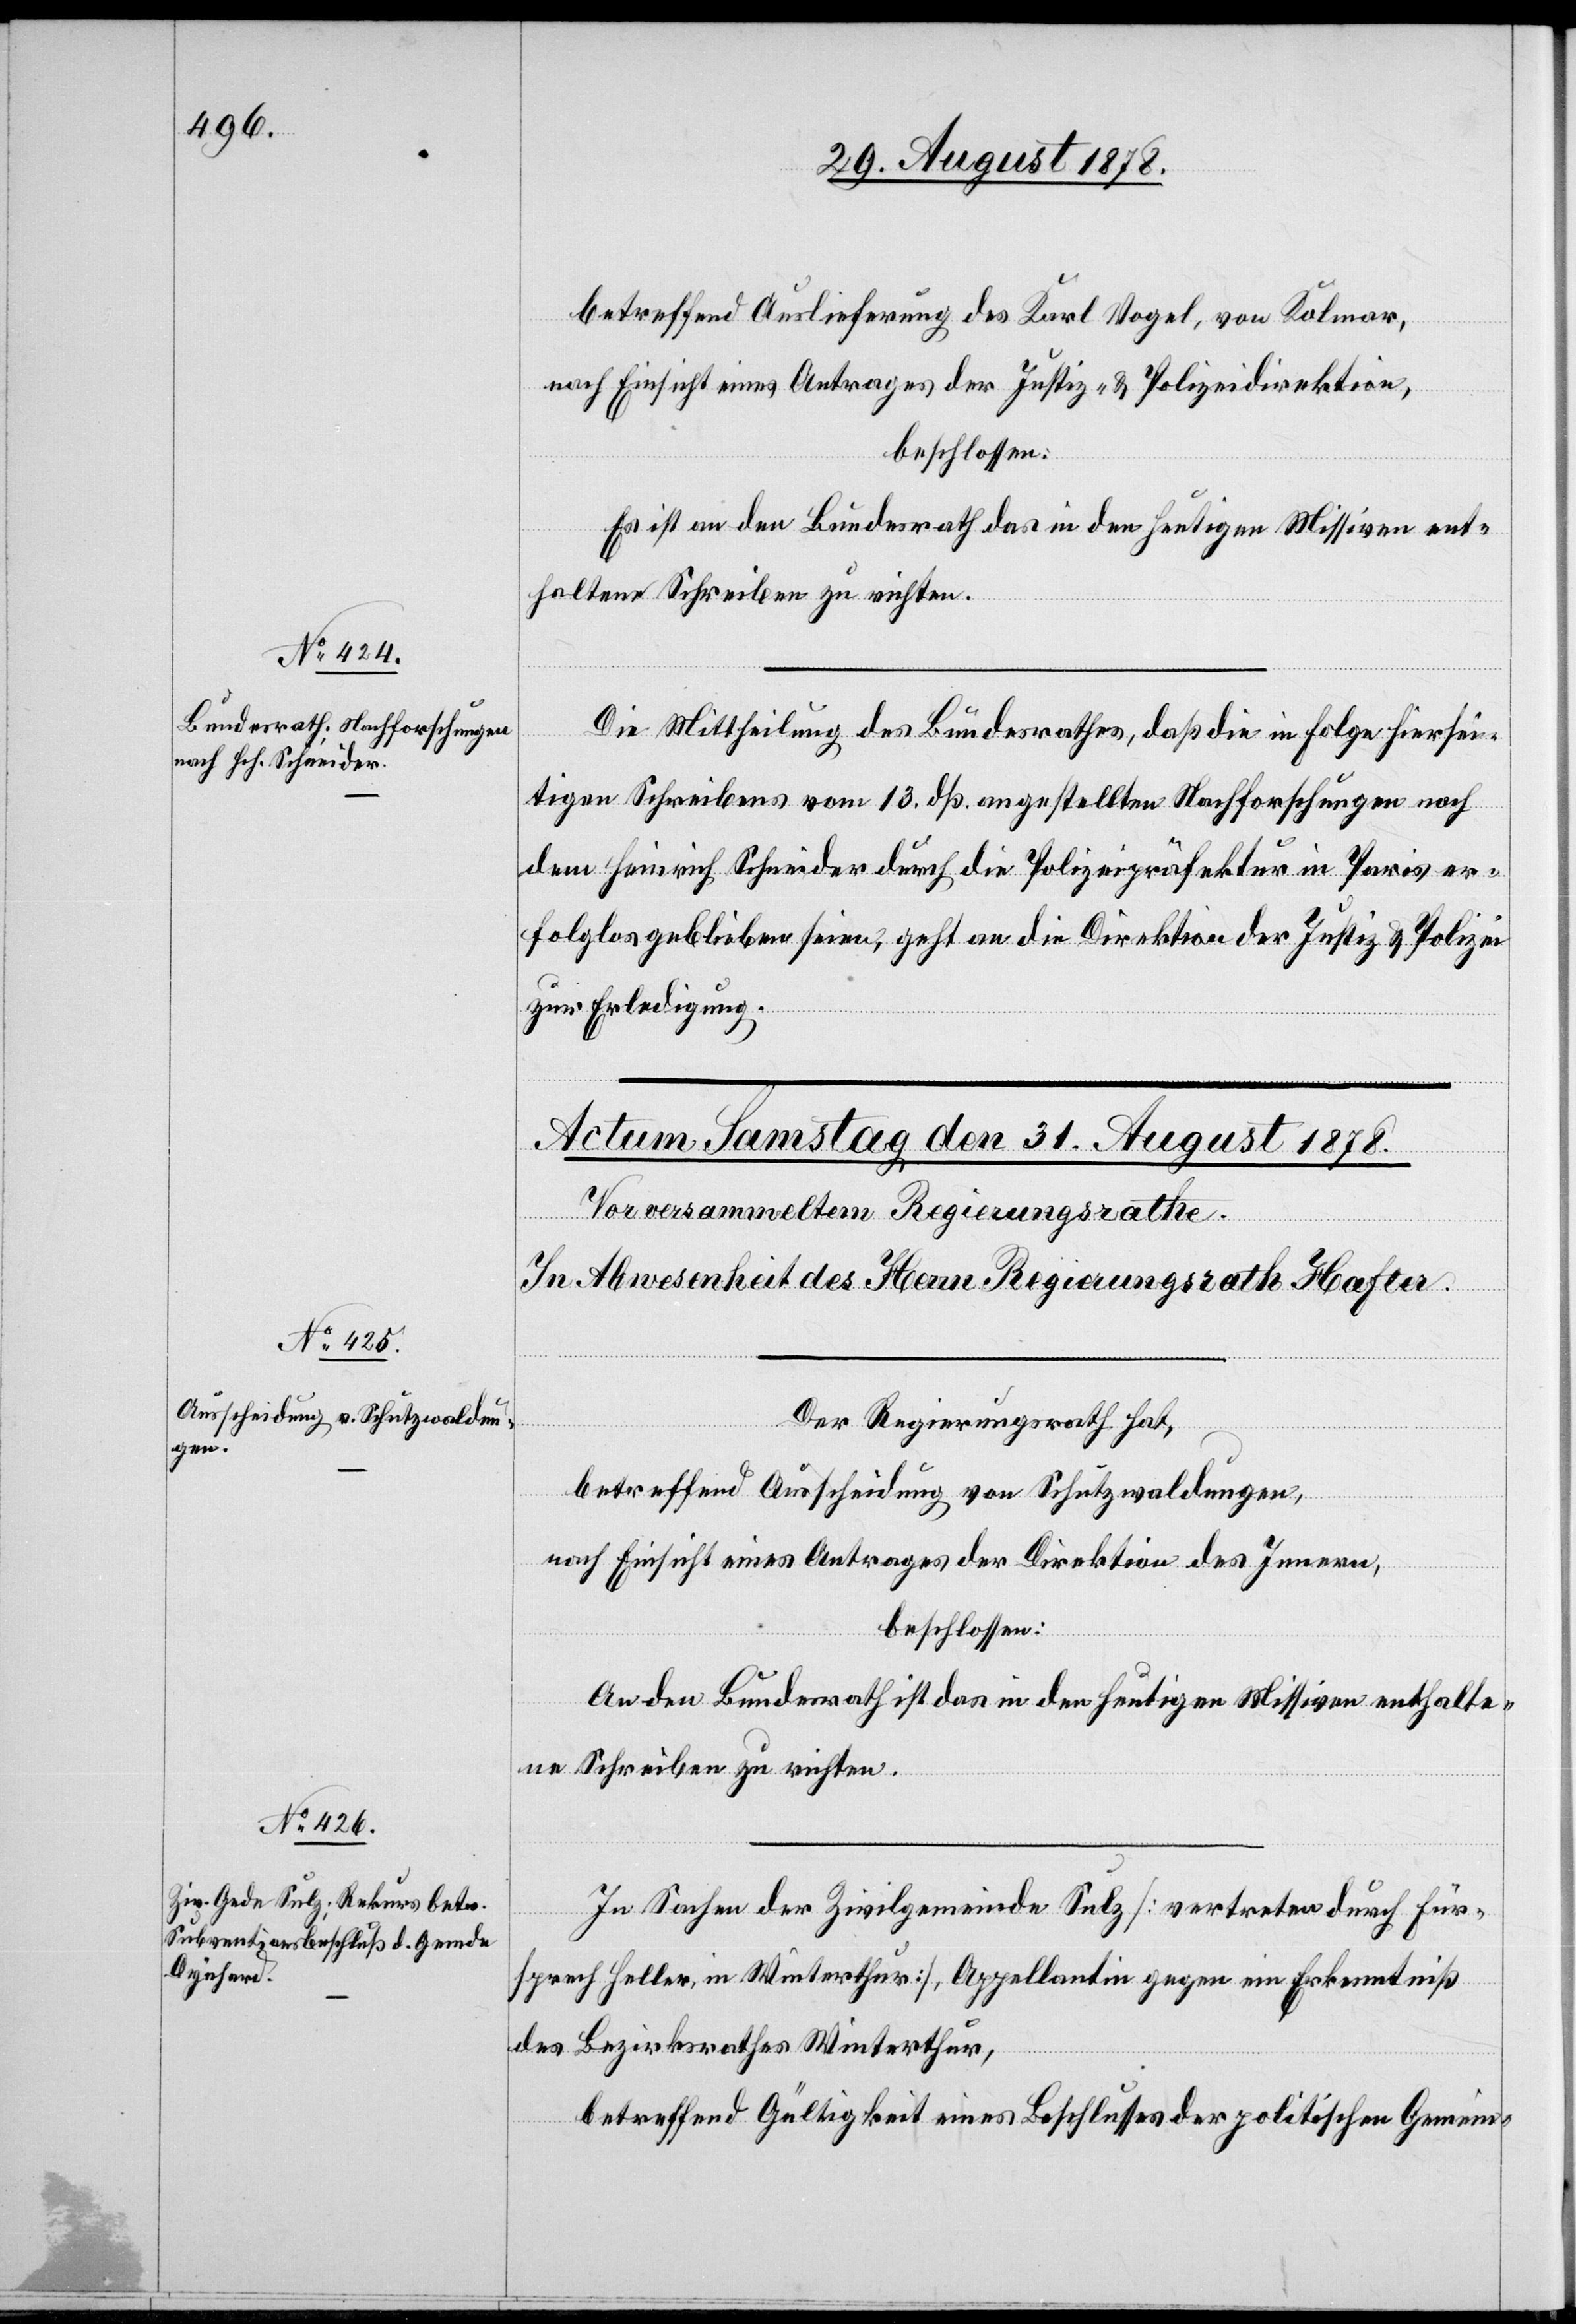
30. August 1878.]
betreffend Auslieferung des Karl Vogel, von Kolmar,
nach Einsicht eines Antrages der Justiz- & Polizeidirektion,
beschlossen:
Es ist an den Bundesrath das in den heutigen Missiven ent¬
haltene Schreiben zu richten.
Die Mittheilung des Bundesrathes, daß die in Folge hiersei¬
tigen Schreibens vom 13. dß. angestellten Nachforschungen nach
dem Heinrich Schneider durch die Polizeipräfektur in Paris er¬
folglos geblieben seien, geht an die Direktion der Justiz & Polizei
zur Erledigung.
Der Regierungsrath hat,
betreffend Ausscheidung von Schutzwaldungen,
nach Einsicht eines Antrages der Direktion des Innern,
beschlossen:
An den Bundesrath ist das in den heutigen Missiven enthalte¬
ne Schreiben zu richten.
In Sachen der Zivilgemeinde Sulz [vertreten durch Für¬
sprech Heller, in Winterthur], Appellantin gegen ein Erkenntniß
des Bezirksrathes Winterthur,
betreffend Gültigkeit eines Beschlusses der politischen Gemein-